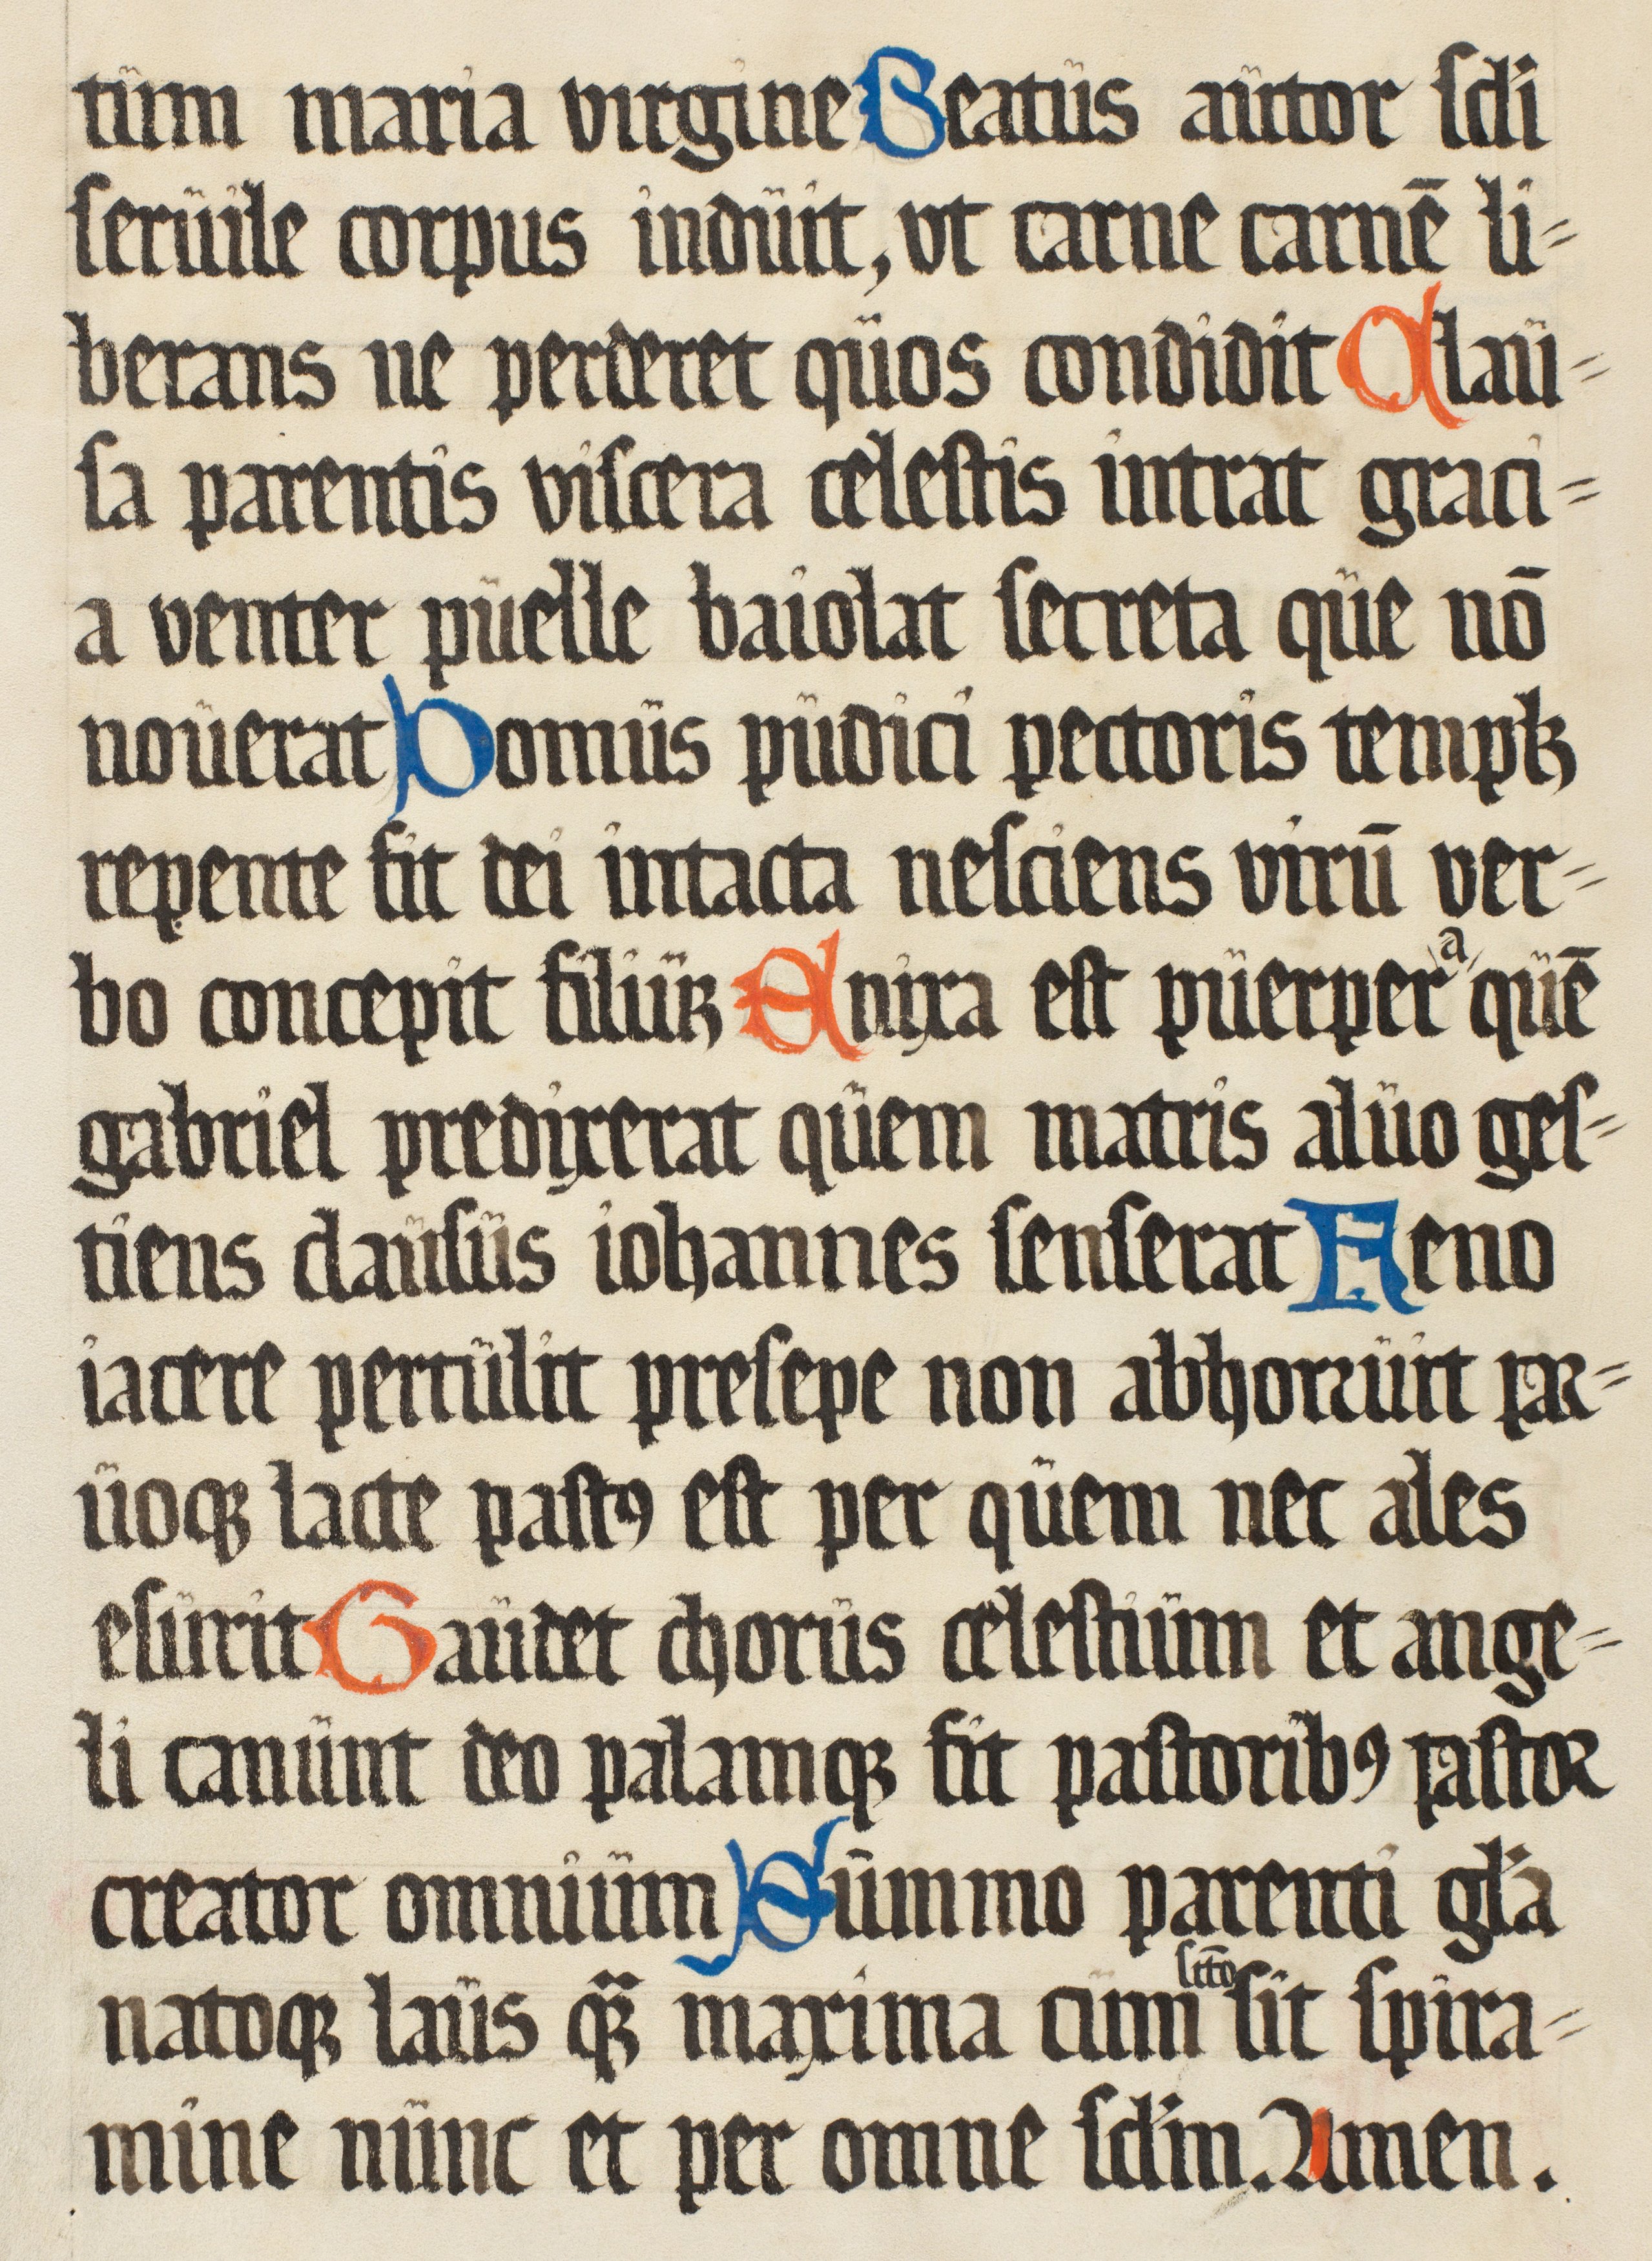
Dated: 1500–1599